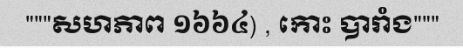
"""សហភាព ១៦៦៤) , កោះ បារាំង"""